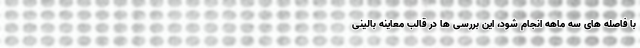
با فاصله های سه ماهه انجام شود، این بررسی ها در قالب معاینه بالینی